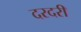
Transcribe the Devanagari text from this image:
दरदरी